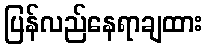
ပြန်လည်နေရာချထား